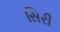
સિરી